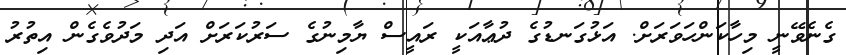
ގެނެވޭނީ މިހާކަންހަވަރަށް. އަޅުގަނޑުގެ ދުޢާއަކީ ރައީސް ޔާމިނުގެ ސަރުކަރަށް އަދި މަދުވެގެން އިތުރު